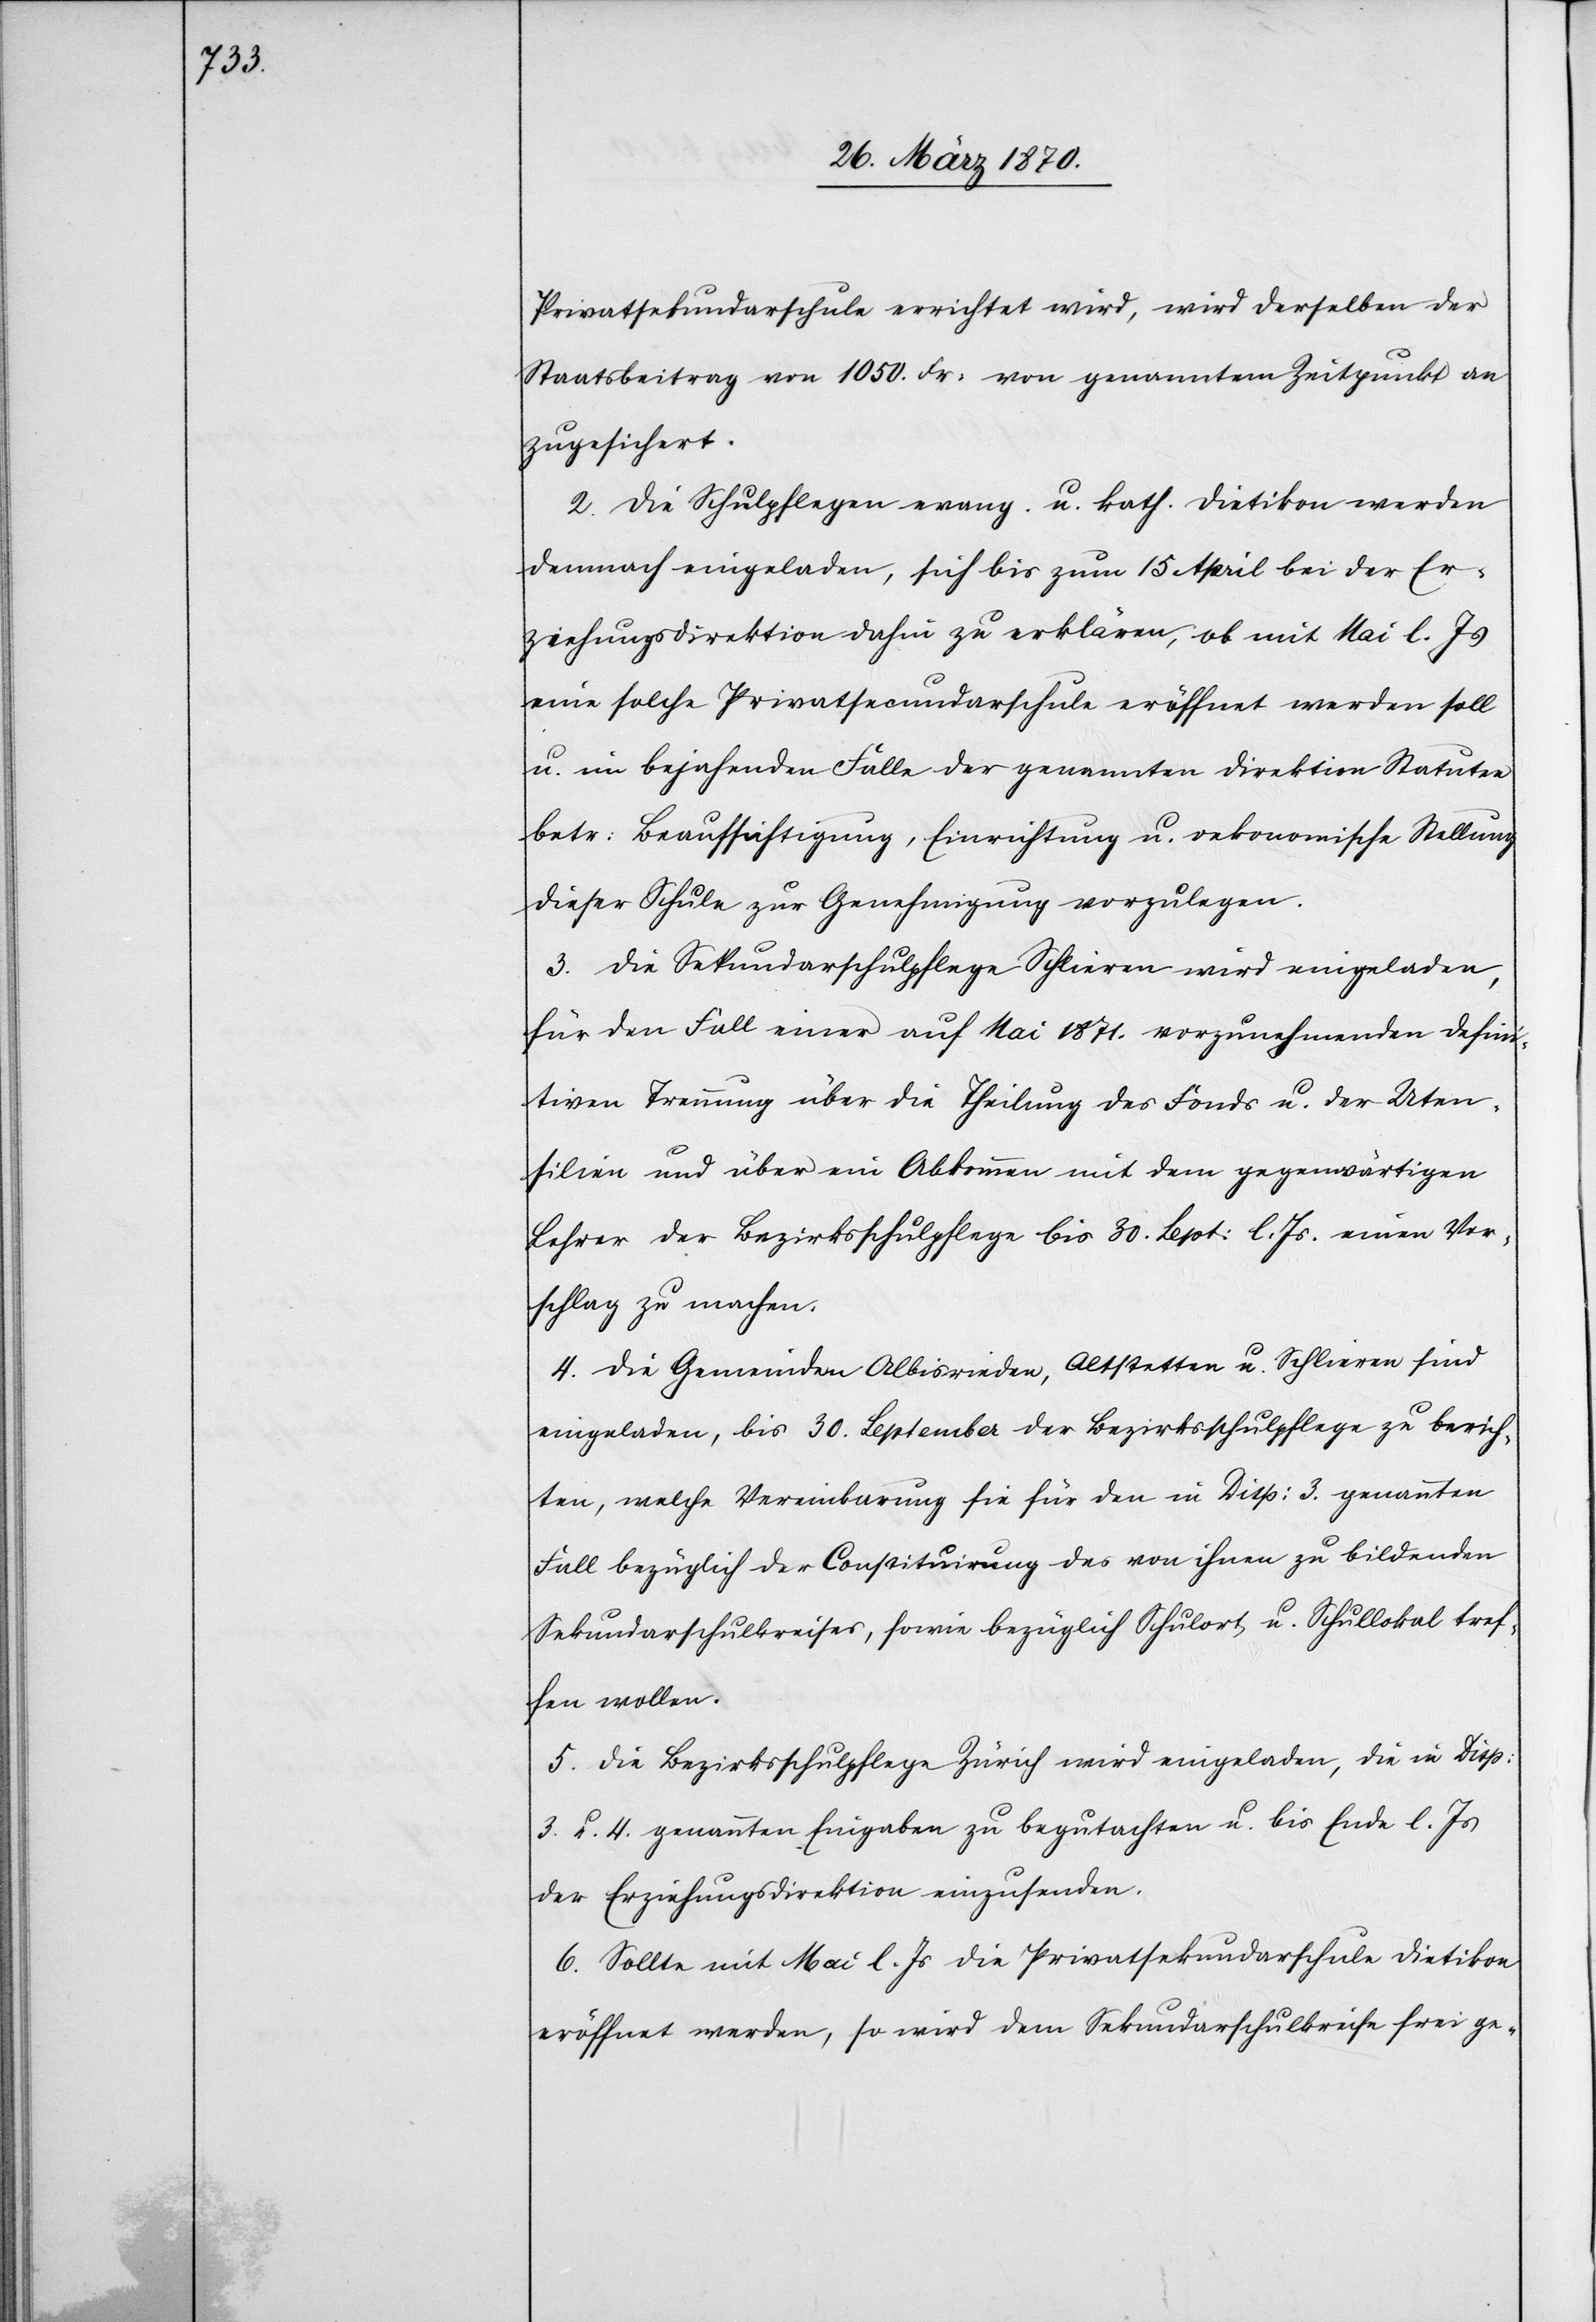
Privatsekundarschule errichtet wird, wird derselben der
Staatsbeitrag von 1050. Fr: von genanntem Zeitpunkt an
zugesichert.
2. Die Schulpflegen evang. u. kath. Dietikon werden
demnach eingeladen sich bis zum 15 April bei der Er¬
ziehungsdirektion dahin zu erklären, ob mit Mai l. Js
eine solche Privatsecundarschule eröffnet werden soll
u. im bejahenden Falle der genannten Direktion Statuten
betr: Beaufsichtigung, Einrichtung u. oekonomische Stellung
dieser Schule zur Genehmigung vorzulegen.
3. Die Sekundarschulpflege Schlieren wird eingeladen,
für den Fall einer auf Mai 1871. vorzunehmenden defini¬
tiven Trennung über die Theilung des Fonds u. der Uten¬
silien und über ein Abkommen mit dem gegenwärtigen
Lehrer der Bezirksschulpflege bis 30. Sept: l. Js. einen Vor¬
schlag zu machen.
4. Die Gemeinden Albisrieden, Altstetten u. Schlieren sind
eingeladen, bis 30. September der Bezirksschulpflege zu berich¬
ten, welche Vereinbarung sie für den in Disp: 3. genannten
Fall bezüglich der Constituirung des von ihnen zu bildenden
Sekundarschulkreises, sowie bezüglich Schulort u. Schullokal tref¬
fen wollen.
5. Die Bezirksschulpflege Zürich wird eingeladen, die Disp:
3. u. 4. genannten Eingaben zu begutachten u. bis Ende l. Js
der Erziehungsdirektion einzusenden.
6. Sollte mit Mai l. Js die Privatsekundarschule Dietikon
eröffnet werden, so wird dem Sekundarschulkreise frei ge-